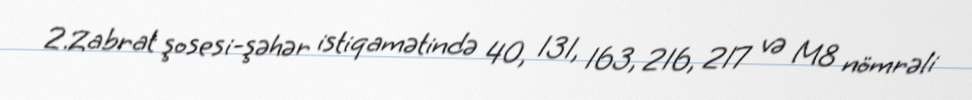
2.Zabrat şosesi-şəhər istiqamətində 40, 131, 163, 216, 217 və M8 nömrəli